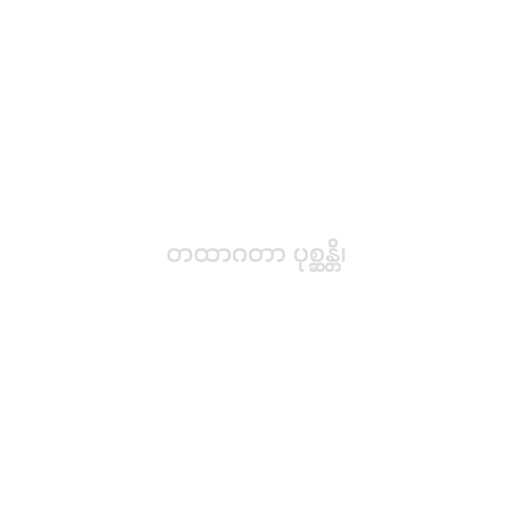
တထာဂတာ ပုစ္ဆန္တိ၊